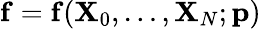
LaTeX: \mathbf{f}=\mathbf{f}(\mathbf{X}_{0},\ldots,\mathbf{X}_{N};\mathbf{p})